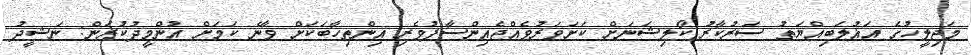
މަޖިލީހުގެ އަޣުލަބިއްޔަތު ސަރުކާރު ކޯލިޝަނަށް ކަށަވަރުވެއްޖެއިންސާފުވެރި އިންތިހާބަކަށް ވާނެ ކަމަށް އުންމީދުކުރަން: ނަޝީދު